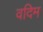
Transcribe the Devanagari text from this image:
वदिम